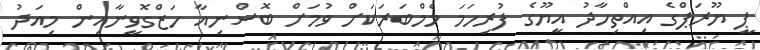
ޕީ ޔޫރަޕްގެ އިއްތިހާދު އީޔޫގެ ފުރިހަމަ މެމްބަރަކަށް ވުމަށް ބޮސްނިއާ ހަޒްގޮވީނާއިން މިއަދު